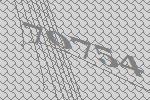
70754